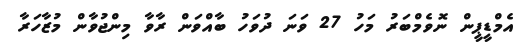
އެމްޑީޕީން ނޮވެމްބަރު މަހު 27 ވަނަ ދުވަހު ބާއްވަން ރާވާ މިންޖުވާން މުޒާހަރާ